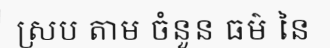
ស្រប តាម ចំនួន ធម៌ នៃ